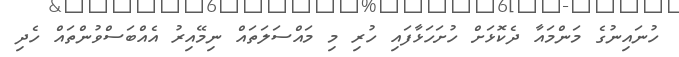
ހުނައިނުގެ މަންމައާ ދެކޮޅަށް ހުށަހަޅާފައި ހުރި މި މައްސަލަތައް ނިމޭއިރު އެއްބަސްވުންތައް ހެދި